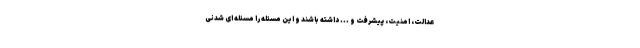
عدالت، امنیت، پیشرفت و ... داشته باشند و این مسئله را مسئله ای شدنی